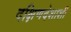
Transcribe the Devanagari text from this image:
दक्षिणदेशाशी